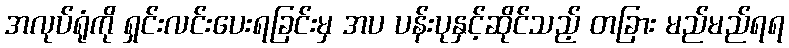
အလုပ်ရုံကို ရှင်းလင်းပေးရခြင်းမှ အပ ပန်းပုနှင့်ဆိုင်သည့် တခြား မည်မည်ရရ